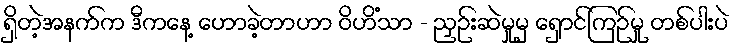
ရှိတဲ့အနက်က ဒီကနေ့ ဟောခဲ့တာဟာ ဝိဟိံသာ - ညှဉ်းဆဲမှုမှ ရှောင်ကြဉ်မှု တစ်ပါးပဲ